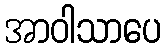
အာဝါသာပေ